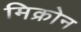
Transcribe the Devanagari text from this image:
मिक्रोन